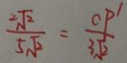
\frac { 2 \sqrt { 2 } } { 5 \sqrt { 2 } } = \frac { C P ^ { \prime } } { 3 \sqrt { 2 } }